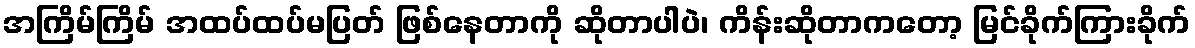
အကြိမ်ကြိမ် အထပ်ထပ်မပြတ် ဖြစ်နေတာကို ဆိုတာပါပဲ၊ ကိန်းဆိုတာကတော့ မြင်ခိုက်ကြားခိုက်